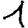
Digit: 1